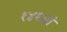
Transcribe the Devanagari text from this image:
१४६वां